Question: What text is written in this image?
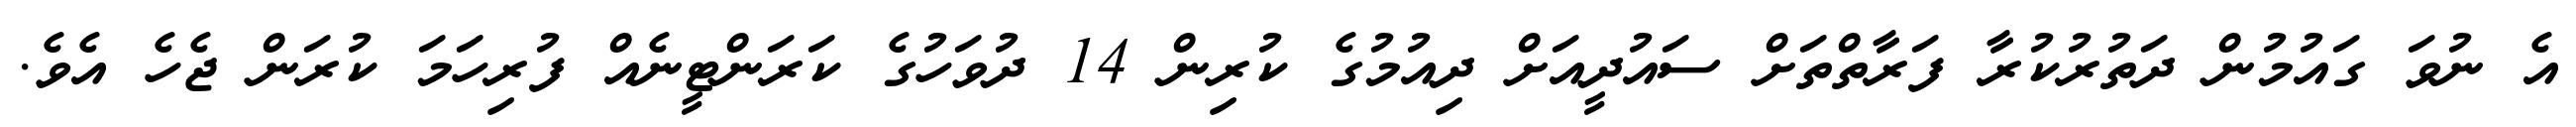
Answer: އެ ނުވަ ގައުމުން ދަތުރުކުރާ ފަރާތްތަށް ސައުދީއަށް ދިއުމުގެ ކުރިން 14 ދުވަހުގެ ކަރަންޓީނެއް ފުރިހަމަ ކުރަން ޖެހެ އެވެ.